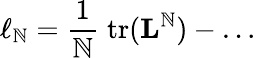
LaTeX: \ell_{\mathbb{N}}=\frac{{1}}{{\mathbb{N}}}\; \mathrm{{tr}}({\mathbf{L}}^{\mathbb{N}})-\ldots